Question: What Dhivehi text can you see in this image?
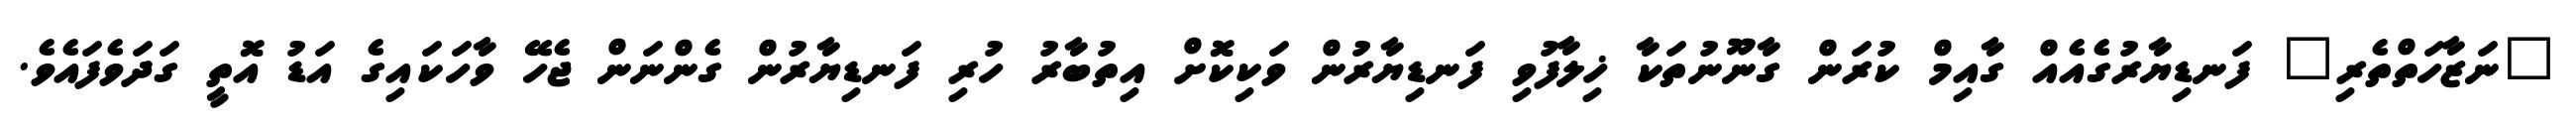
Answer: "ނަޒާހަތްތެރި" ފަނޑިޔާރުގެއެއް ގާއިމް ކުރަން ގާނޫނުތަކާ ޚިލާފުވި ފަނޑިޔާރުން ވަކިކޮށް އިތުބާރު ހުރި ފަނޑިޔާރުން ގެންނަން ޖެހޭ ވާހަކައިގެ އަޑު އޮތީ ގަދަވެފައެވެ.